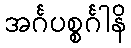
အင်္ဂပစ္စင်္ဂါနိ